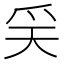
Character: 𤓻